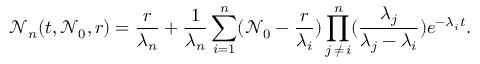
\mathcal { N } _ { n } ( t , \mathcal { N } _ { 0 } , r ) = \frac { r } { \lambda _ { n } } + \frac { 1 } { \lambda _ { n } } \sum _ { i = 1 } ^ { n } ( \mathcal { N } _ { 0 } - \frac { r } { \lambda _ { i } } ) \prod _ { j \, \neq \, i } ^ { n } ( \frac { \lambda _ { j } } { \lambda _ { j } - \lambda _ { i } } ) e ^ { - \lambda _ { i } t } .